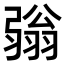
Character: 𢐢